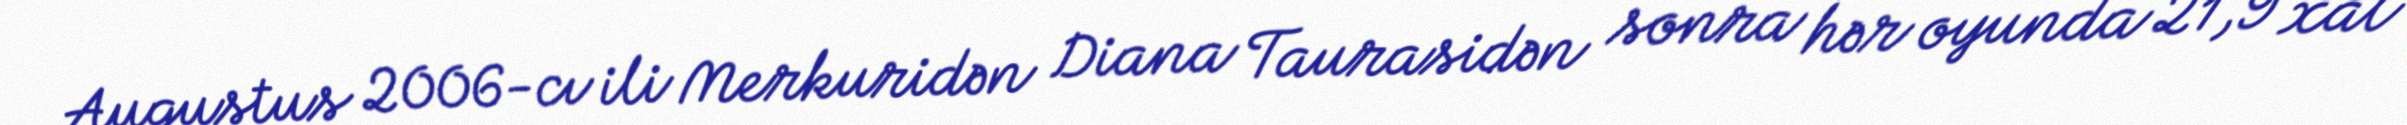
Augustus 2006-cı ili Merkuridən Diana Taurasidən sonra hər oyunda 21,9 xal